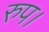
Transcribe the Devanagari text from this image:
रुप।